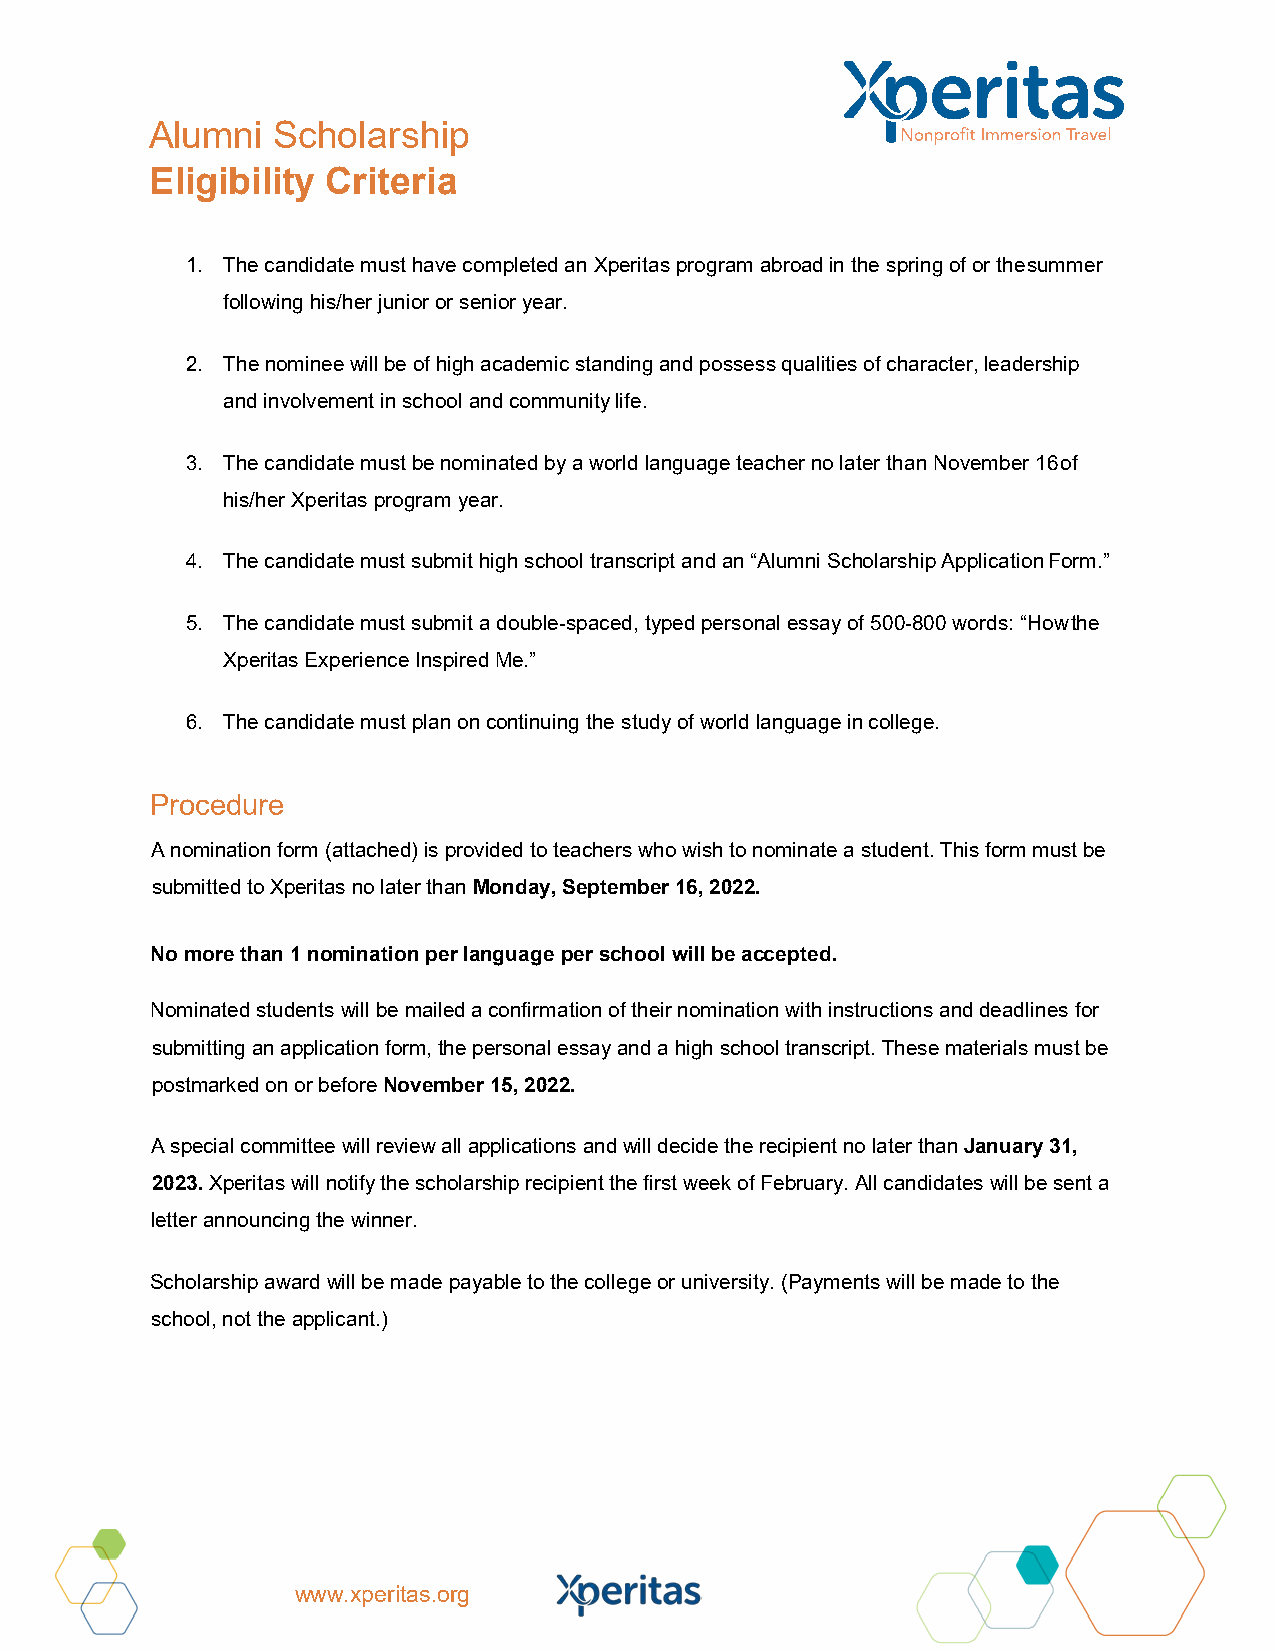
Alumni  Scholarship
 Eligibility Criteria
 1. The candidate must have completed an Xperitas program abroad in the spring of or the summer
 following his/her junior or senior year.
 2. The nominee will be of high academic standing and possess qualities of character, leadership
 and involvement in school and community life.
 3. The candidate must be nominated by a world language teacher no later than November 16 of
 his/her Xperitas program year.
 4. The candidate must submit high school transcript and an “Alumni Scholarship Application Form.”
 5. The candidate must submit a double-spaced, typed personal essay of 500-800 words: “How the
 Xperitas Experience Inspired Me.”
 6. The candidate must plan on continuing the study of world language in college.
 Procedure
 A nomination form (attached) is provided to teachers who wish to nominate a student. This form must be
 submitted to Xperitas no later than Monday, September 16, 2022.
 No more than 1 nomination per language per school will be accepted.
 Nominated students will be mailed a confirmation of their nomination with instructions and deadlines for
 submitting an application form, the personal essay and a high school transcript. These materials must be
 postmarked on or before November 15, 2022.
 A special committee will review all applications and will decide the recipient no later than January 31,
 2023. Xperitas will notify the scholarship recipient the first week of February. All candidates will be sent a
 letter announcing the winner.
 Scholarship award will be made payable to the college or university. (Payments will be made to the
 school, not the applicant.)
 www.xperitas.org